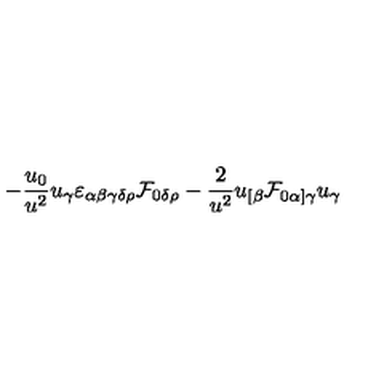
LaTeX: - { \frac { u _ { 0 } } { u ^ { 2 } } } u _ { \gamma } \varepsilon _ { \alpha \beta \gamma \delta \rho } { \cal F } _ { 0 \delta \rho } - { \frac { 2 } { u ^ { 2 } } } u _ { [ \beta } { \cal F } _ { 0 \alpha ] \gamma } u _ { \gamma }